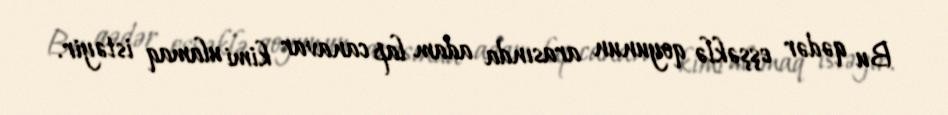
Bu qədər eşşəklə qoyunun arasında adam lap canavar kimi ulamaq istəyir.